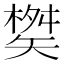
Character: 𮀇